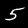
Digit: 5